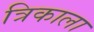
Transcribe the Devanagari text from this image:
त्रिकाला